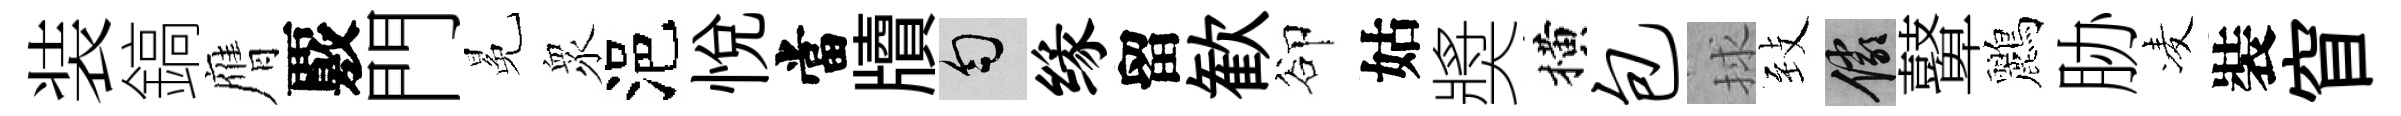
装鎬膺覈門冕衆浥悦當牘匀缘留歓卻姑奬横包捄𦤺儼鼙鸝胁凌裝窅